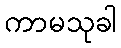
ကာမသုခါ